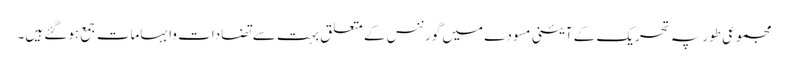
مجموعی طور پہ تحریک کے آئینی مسودے میں گورننس کے متعلق بہت سے تضادات وابہامات جمع ہوگئے ہیں۔